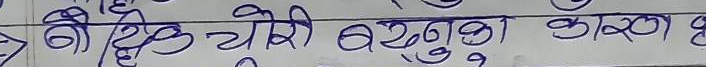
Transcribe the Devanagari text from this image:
यो हिडचोरी बस्तुको कारण हो ।